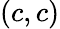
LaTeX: (c,c)